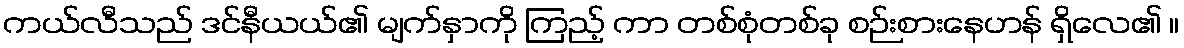
ကယ်လီသည် ဒင်နီယယ်၏ မျက်နှာကို ကြည့် ကာ တစ်စုံတစ်ခု စဉ်းစားနေဟန် ရှိလေ၏ ။